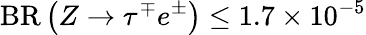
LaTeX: {\mathrm{BR}}\left(Z\to\tau^{\mp}e^{\pm}\right)\le 1.7\times 10^{-5}